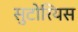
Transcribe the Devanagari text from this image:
सुटोरियस